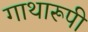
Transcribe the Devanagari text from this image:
गाथारूपी